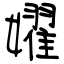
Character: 嬥